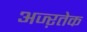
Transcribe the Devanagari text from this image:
अज्ऱतेक